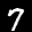
Label: 7